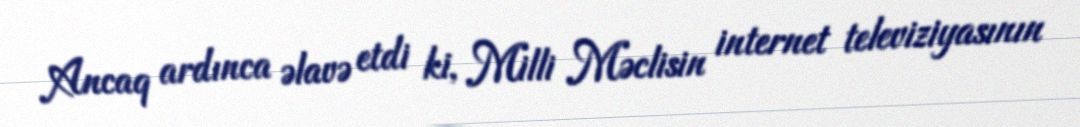
Ancaq ardınca əlavə etdi ki, Milli Məclisin internet televiziyasının